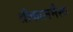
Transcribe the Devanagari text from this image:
श्रीकालभैरव